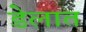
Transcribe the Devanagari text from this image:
डेलात